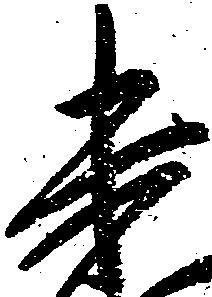
未